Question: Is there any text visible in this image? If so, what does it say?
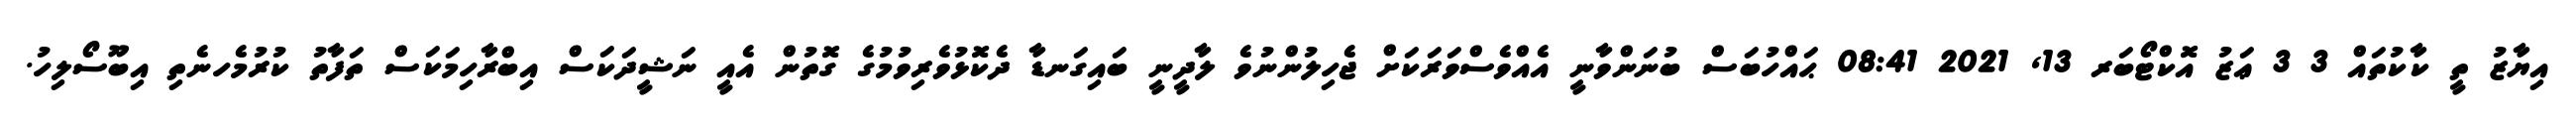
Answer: އިޔާޒު ތީ ކާކުތައް 3 3 ޢަޒު އޮކްޓޯބަރ 13, 2021 08:41 ޙައްހުބަސް ބުނަންވާނީ އެއްވެސްވަރަކަށް ޖެހިލުންނުވެ ލާދީނީ ބައިގަނޑާ ދެކޮޅުވެރިވުމުގެ ގޮތުން އެއީ ނަޝީދަކަސް އިބްރާހިމަކަސް ތަފާތު ކުރުމެހނެތި އިބޫސޯލިހު.